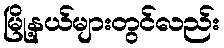
မြို့နယ်များတွင်လည်း